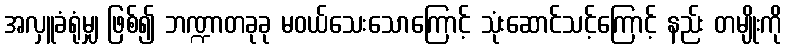
အလှူခံရုံမျှ ဖြစ်၍ ဘဏ္ဍာတခုခု မဝယ်သေးသောကြောင့် သုံးဆောင်သင့်ကြောင့် နည်း တမျိုးကို